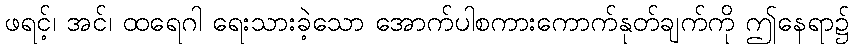
ဖရင့်၊ အင်၊ ထရေဂါ ရေးသားခဲ့သော အောက်ပါစကားကောက်နုတ်ချက်ကို ဤနေရာ၌